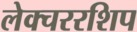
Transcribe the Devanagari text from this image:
लेक्चररशिप